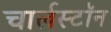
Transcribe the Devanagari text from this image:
चार्लस्टॉन